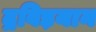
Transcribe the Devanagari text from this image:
द्रविड़यान